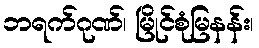
ဘရက်ဂုဏ်၊ မြိုင်စုံမြနန်း၊